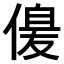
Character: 𠌞